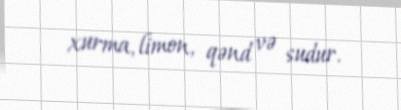
xurma, limon, qənd və sudur.